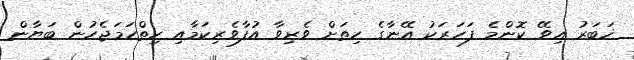
ޚަބަރު އިވޭ ކޮންމެ ފަހަރަކު އޭނާގެ ހިތަށް ވެރިވާ އުފާވެރިކަމާއި ހިތްހަމަޖެހުން ބަޔާން